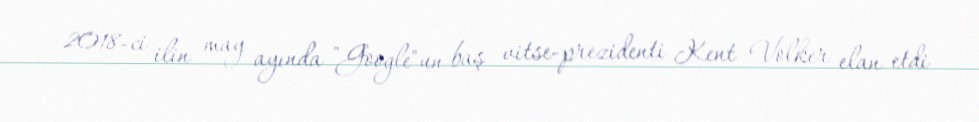
2018-ci ilin may ayında "Google"un baş vitse-prezidenti Kent Volker elan etdi